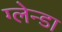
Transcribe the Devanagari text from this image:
ग्लेन्डा